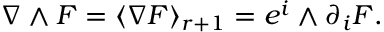
\nabla \wedge F = \langle \nabla F \rangle _ { r + 1 } = e ^ { i } \wedge \partial _ { i } F .